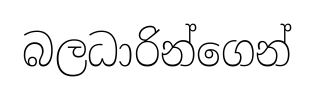
බලධාරින්ගෙන්